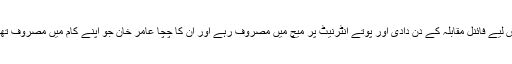
ہمارے گھر میں ٹی وی تو ہے نہیں اس لیے فائنل مقابلہ کے دن دادی اور پوتے انٹرنیٹ پر میچ میں مصروف رہے اور ان کا چچا عامر خان جو اپنے کام میں مصروف تھا وقفہ وقفہ سے صورتحال پوچھتا رہا۔